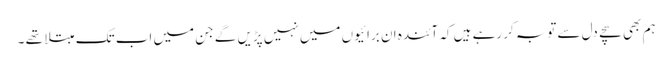
ہم بھی سچے دل سے توبہ کر رہے ہیں کہ آئندہ ان برائیوں میں نہیں پڑیں گے جن میں اب تک مبتلا تھے ۔